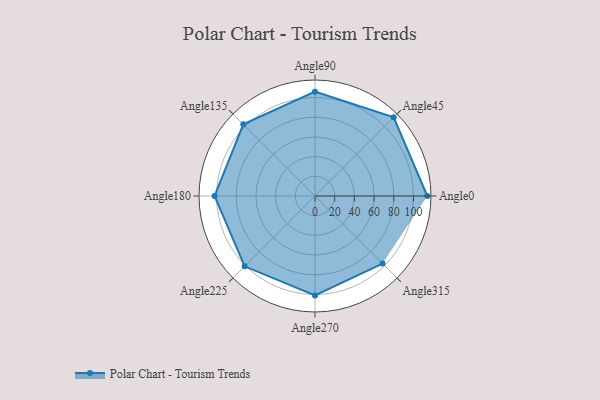
{"axis": {"x": "Angle", "y": "Radius"}, "legend": [""], "data": [{"x": "Angle0", "y": 114.0, "type": ""}, {"x": "Angle45", "y": 113.0, "type": ""}, {"x": "Angle90", "y": 106.0, "type": ""}, {"x": "Angle135", "y": 103.0, "type": ""}, {"x": "Angle180", "y": 102.0, "type": ""}, {"x": "Angle225", "y": 101.0, "type": ""}, {"x": "Angle270", "y": 101.0, "type": ""}, {"x": "Angle315", "y": 97.0, "type": ""}]}